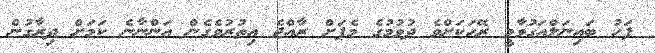
ފަހު ބައިނަލްއަގުވާމީ ރޭހަކަށްވެ ދުވުމުގެ މެޕަށް ރާއްޖެ އިތުރުވެގެން އަންނާނެ ކަމަށް ދިރާގުން